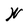
Character: W